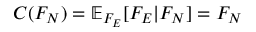
C ( F _ { N } ) = \mathbb { E } _ { F _ { E } } [ F _ { E } | F _ { N } ] = F _ { N }